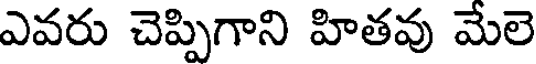
ఎవరు చెప్పిగాని హితవు మేలె